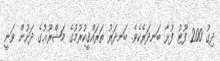
ދިގު 200 ފޫޓު ފުޅާ ބަނދަރެކެވެ. ބަނދަރު ތަރައްޤީކުރުމުގެ މަޝްރޫޢުގެ ދަށުން ވަނީ